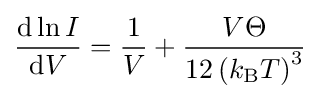
{\frac {\mathrm {d} \ln I}{\mathrm {d} V}}={\frac {1}{V}}+{\frac {V\Theta }{12\left(k_{\text{B}}T\right)^{3}}}